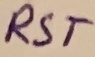
Text: RST